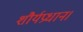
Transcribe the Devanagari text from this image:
शौर्यप्रधान।